Investigations into the jail dietaries of the United Provinces with some observations on the influence of dietary on the physical development and well-being of the people of the United Provinces - Number 48
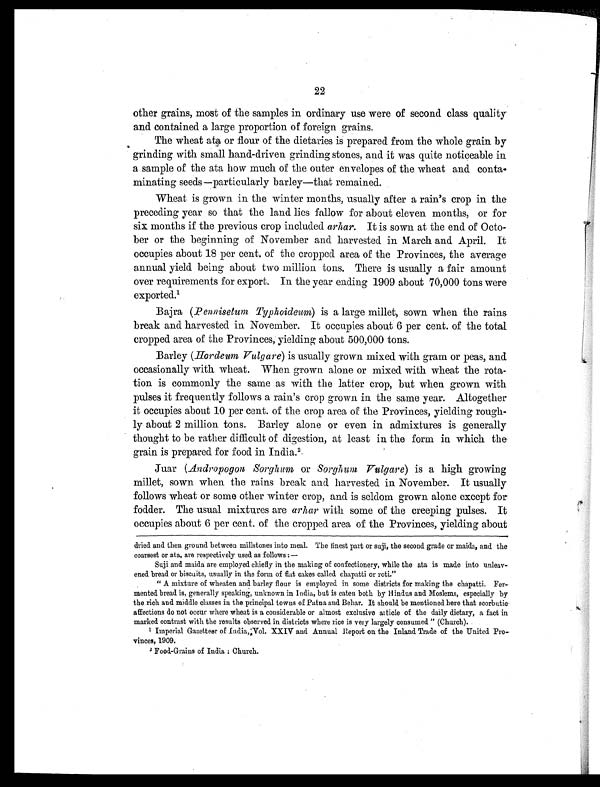
22
other grains, most of the samples in ordinary use were of second class quality
and contained a large proportion of foreign grains.
The wheat ata or flour of the dietaries is prepared from the whole grain by
grinding with small hand-driven grinding stones, and it was quite noticeable in
a sample of the ata how much of the outer envelopes of the wheat and conta-
minating seeds—particularly barley—that remained.
Wheat is grown in the winter months, usually after a rain's crop in the
preceding year so that the land lies fallow for about eleven months, or for
six months if the previous crop included arhar. It is sown at the end of Octo-
ber or the beginning of November and harvested in March and April. It
occupies about 18 per cent. of the cropped area of the Provinces, the average
annual yield being about two million tons. There is usually a fair amount
over requirements for export. In the year ending 1909 about 70,000 tons were
exported.1
Bajra ( Pennisetum Typhoideum) is a large millet, sown when the rains
break and harvested in November. It occupies about 6 per cent. of the total
cropped area of the Provinces, yielding about 500,000 tons.
Barley ( Hordeum Vulgare) is usually grown mixed with gram or peas, and
occasionally with wheat. When grown alone or mixed with wheat the rota-
tion is commonly the same as with the latter crop, but when grown with
pulses it frequently follows a rain's crop grown in the same year. Altogether
it occupies about 10 per cent. of the crop area of the Provinces, yielding rough-
ly about 2 million tons. Barley alone or even in admixtures is generally
thought to be rather difficult of digestion, at least in the form in which the
grain is prepared for food in India. 2
Juar ( Andropogon Sorghum or Sorghum Vulgare) is a high growing
millet, sown when the rains break and harvested in November. It usually
follows wheat or some other winter crop, and is seldom grown alone except for
fodder. The usual mixtures are arhar with some of the creeping pulses. It
occupies about 6 per cent. of the cropped area of the Provinces, yielding about
dried and then ground between millstones into meal. The finest part or suji, the second grade or maida, and the
coarsest or ata, are respectively used as follows :—
Suji and maida are employed chiefly in the making of confectionery, while the ata is made into unleav-
ened bread or biscuits, usually in the form of flat cakes called chapatti or roti."
" A mixture of wheaten and barley flour is employed in some districts for making the chapatti. Fer-
mented bread is, generally speaking, unknown in India, but is eaten both by Hindus and Moslems, especially by
the rich and middle classes in the principal towns of Patna and Behar. It should be mentioned here that scorbutic
affections do not occur where wheat is a considerable or almost exclusive article of the daily dietary, a fact in
marked contrast with the results observed in districts where rice is very largely consumed " (Church).
1
Imperial Gazetteer of India, Vol. XXIV and Annual Report on the Inland Trade of the United Pro-
vinces, 1909.
2 Food-Grains of India : Church.